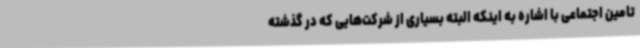
تامین اجتماعی با اشاره به اینکه البته بسیاری از شرکت‌هایی که در گذشته